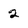
Character: 2